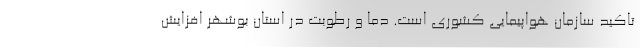
تاکید سازمان هواپیمایی کشوری است. دما و رطوبت در استان بوشهر افزایش